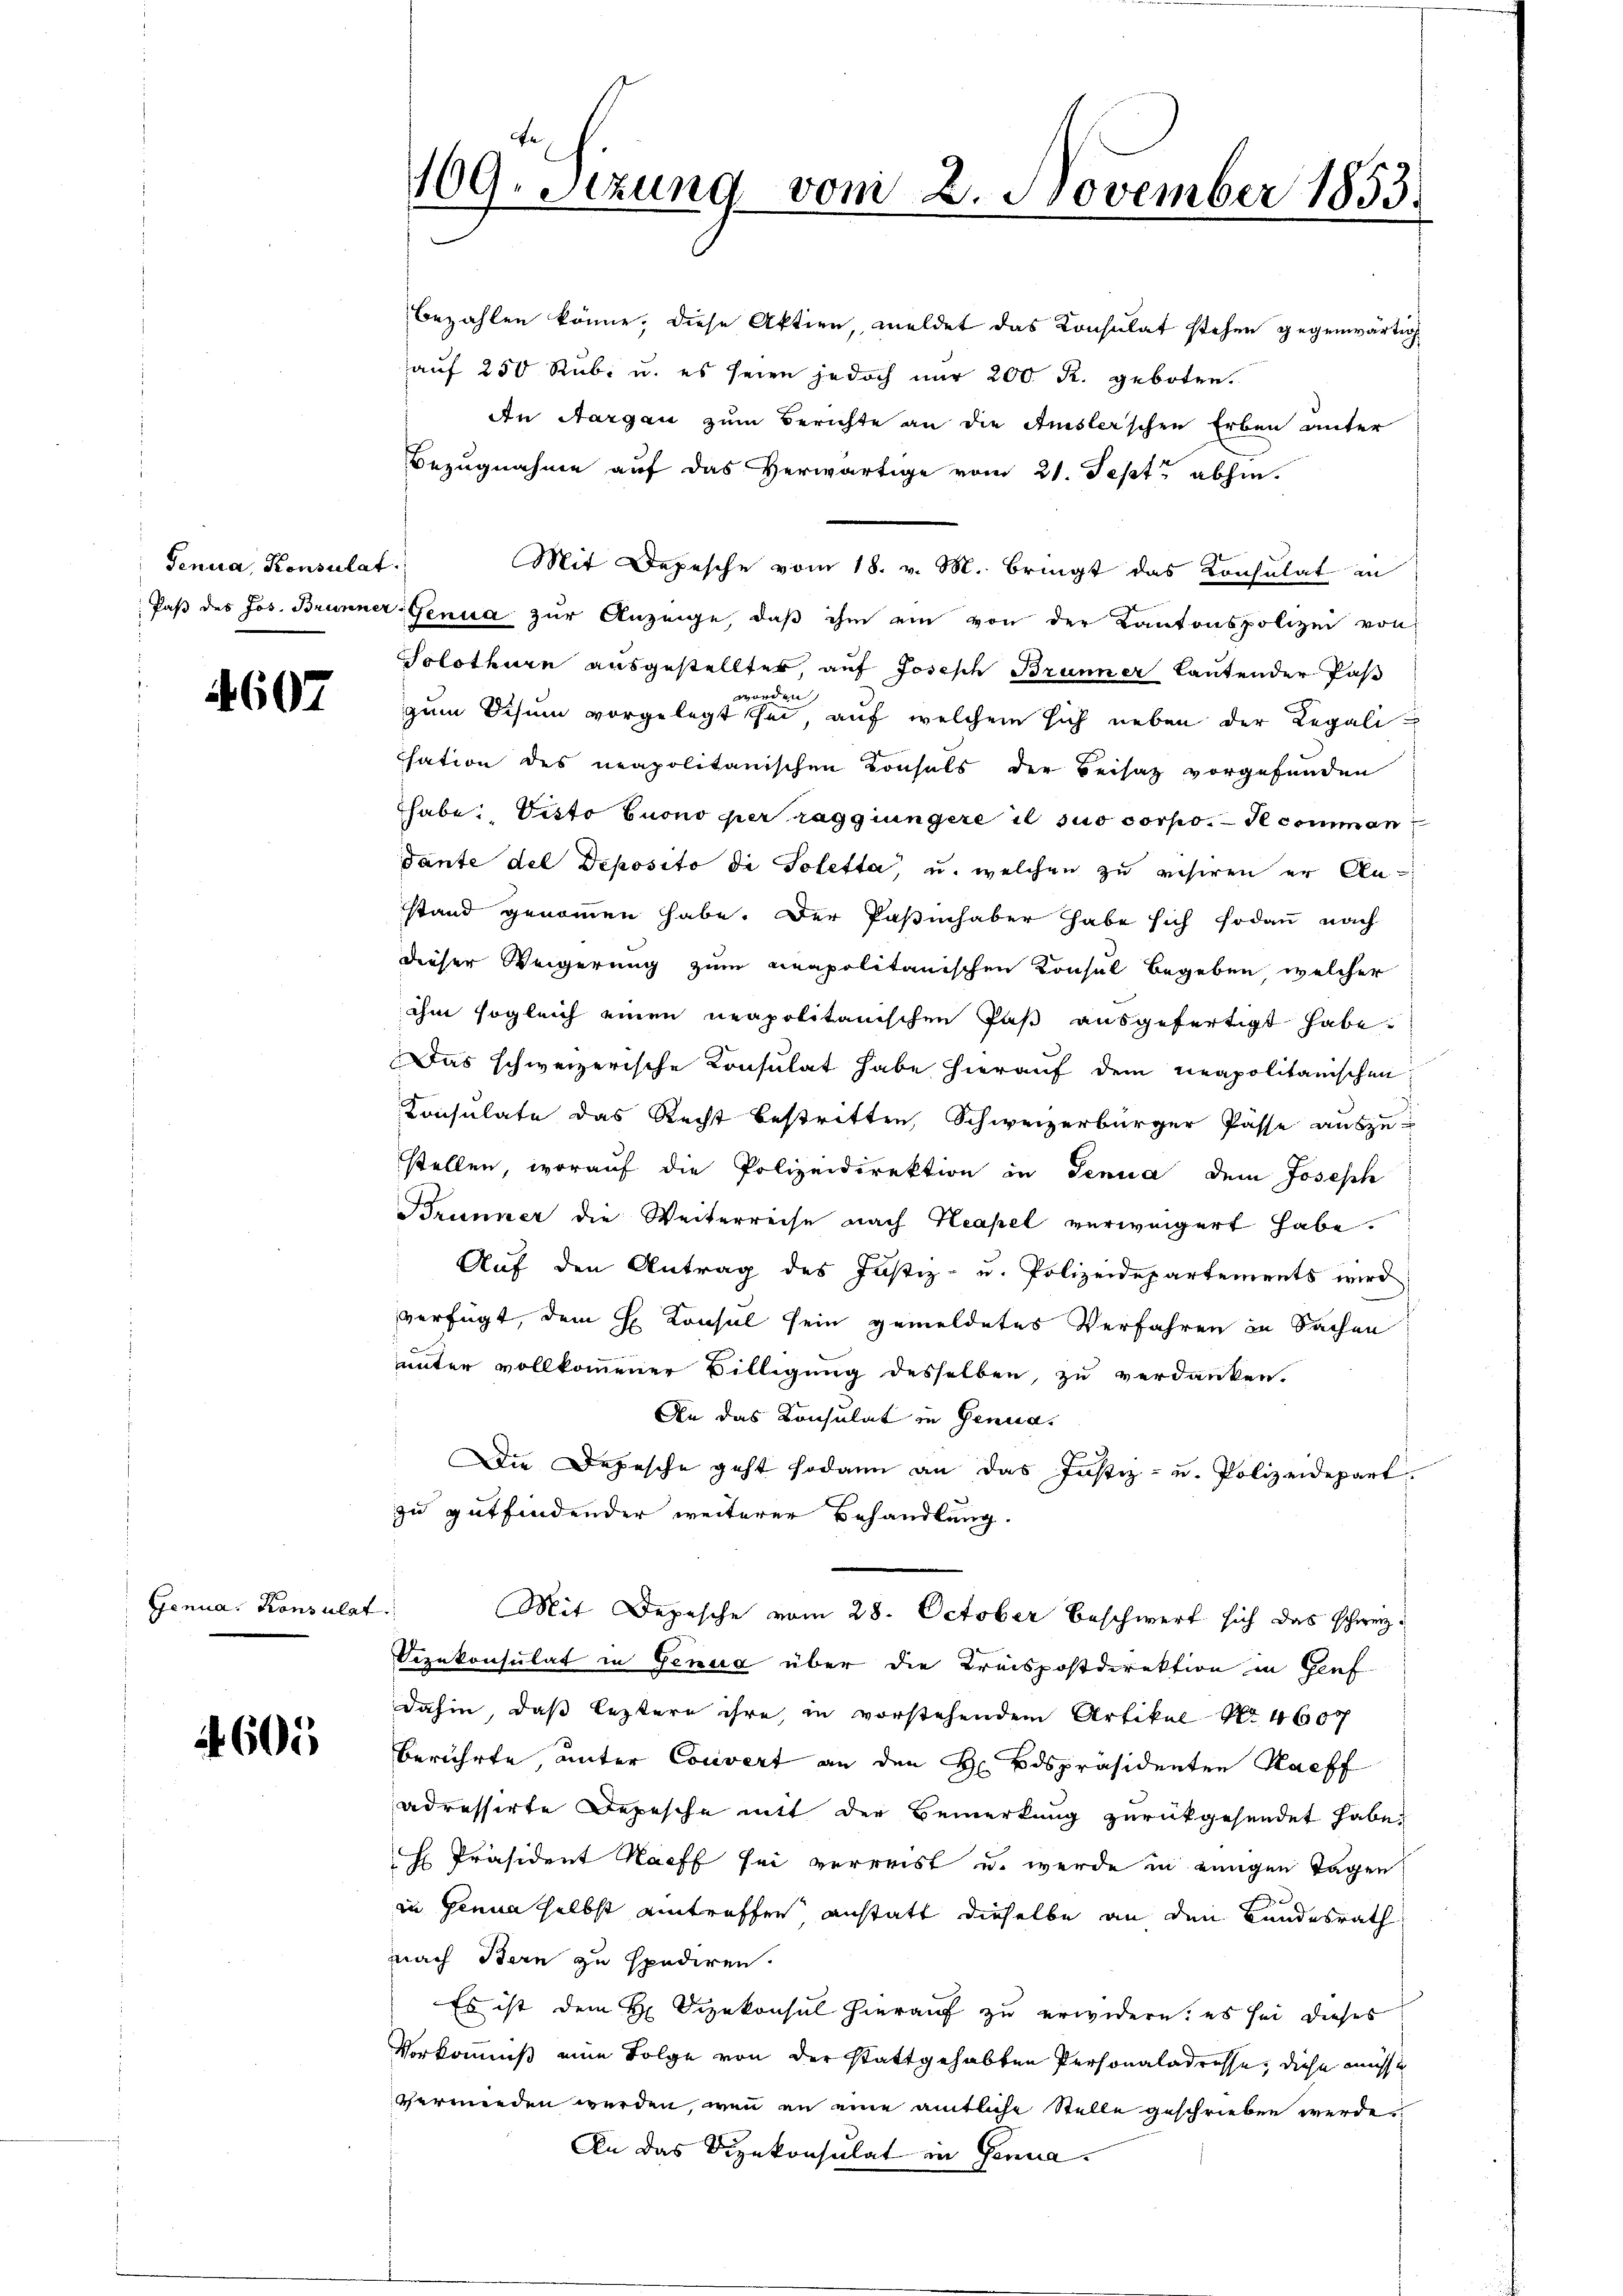
Genua, Konsulat

607

Genua, Konsulat

605

169. Sizung von 2. November 1853.

bezahlen könne, diese Aktien, meldet das Konsulat stehen gegenwärtig
aŭf 250 Rŭb. u. es seien jedoch nur 200 R. geboten.
An Aargau zum Berichte an die Amsler’schen Erben unter
Bezugnahme auf das Herwärtige vom 21. Sept. abhin.
Mit Depesche vom 18. v. M. bringt das Konsulat in
Paβ des Jos. Brunner Genua zur Anzeige, daß ihm ein von der Kantonspolizei von
Solothurn ausgestelltes, auf Joseph Brunner lautender Paß
worden
zum Schum vorgelegt sei, auf welchem sich neben der Legalicsation des neapolitanischen Konsuls der Beisatz vorgefunden
Thabe: Pisto Euono per zaggiungere il suo corpo. — Se comman
dante del Deposito di Poletta, u. welchen zu resiren er Anstand genommen habe. Der Paßinhaber habe sich sodann nach
dieser Weigerung zum neapolitanischen Konsul begeben, welcher
ihm sogleich einen neapolitanischen Paß ausgefertigt habe.
Das schweizerische Konsulat habe hierauf dem neapolitarischen
Consulate das Recht bestritten, Schweizerbürger Pässe auszu-
stellen, worauf die Polizeidirektion in Genua dem Joseph
Brunner die Weiterreise nach Neapel verweigert habe.
Auf den Antrag des Justiz- u. Polizeidepartements wird
verfügt, dem H. Konsul sein gemeldetes Verfahren in Sachen
unter vollkommener Billigung desselben, zu verdanken.
An das Konsulat in Genua,
Die Depesche geht sodann an das Justiz- u. Polizeidepart.
zu gutfindender weiterer Behandlung.
Mit Depesche vom 28. October beschwert sich das schweiz
Sezekonsulat in Genua über die Kreispostdirektion in Genf
dahin, daß leztere ihre, in vorstehenden Artikel No 460
berührte, unter Couvert an den H Bdspräsidenten Kaff
adressirte Depesche mit der Bemerkung zurückgesendet habe,
H Präsident Haff sei verreist u. werde in einigen Tagen
d
in Genua selbst eintreffen, anstatt dieselbe an den Landesrath
nach Bern zu spediren.
Es ist dem H. Vizekonsul hierauf zu erwidern, es sei dieses
Vorkommniß eine Folge von der stattgehabten Personaladresse, diese müsse
vermenden werden, wenn an eine amtliche Stelle geschrieben werde.
An das Vizekonsulat in Genua